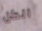
الكل